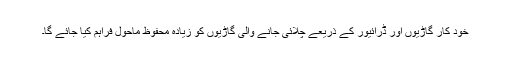
خود کار گاڑیوں اور ڈرائیور کے ذریعے چلائی جانے والی گاڑیوں کو زیادہ محفوظ ماحول فراہم کیا جائے گا۔